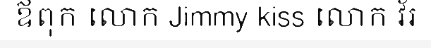
ឪពុក លោក Jimmy kiss លោក វ័រ